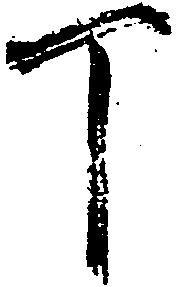
丁